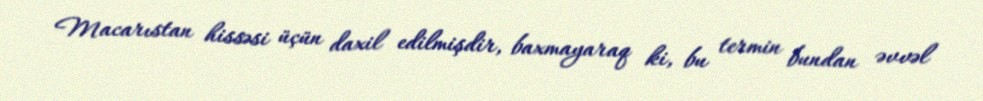
Macarıstan hissəsi üçün daxil edilmişdir, baxmayaraq ki, bu termin bundan əvvəl